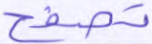
تصفح